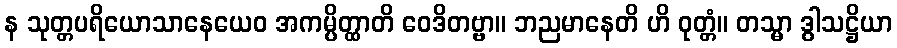
န သုတ္တပရိယောသာနေယေဝ အကမ္ပိတ္ထာတိ ဝေဒိတဗ္ဗာ။ ဘညမာနေတိ ဟိ ဝုတ္တံ။ တသ္မာ ဒွါသဋ္ဌိယာ